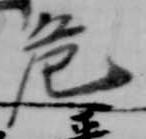
危